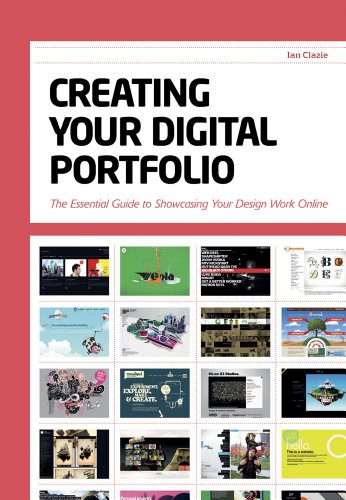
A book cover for Creating Your Digital Portfolio: The Essential Guide to Showcasing Your Design Work Online; Ian Clazie; Business & Money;